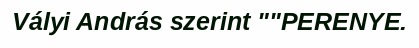
Vályi András szerint ""PERENYE.